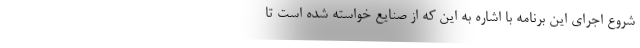
شروع اجرای این برنامه با اشاره به این که از صنایع خواسته شده است تا